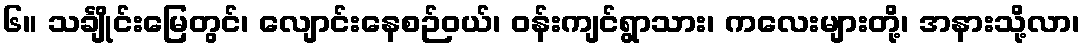
၆။ သင်္ချိုင်းမြေတွင်၊ လျောင်းနေစဉ်ဝယ်၊ ဝန်းကျင်ရွာသား၊ ကလေးများတို့၊ အနားသို့လာ၊